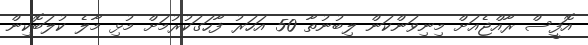
އޮފީސް ރާއްޖެއަށް މިނިވަންކަން ލިބުނުތާ 50 އަހަރު ފާހަގަކުރުމަށް މުޅި މާލެ ކުލަބޮކިން